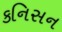
કનિસન